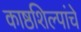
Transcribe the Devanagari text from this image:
काष्ठशिल्पांचे